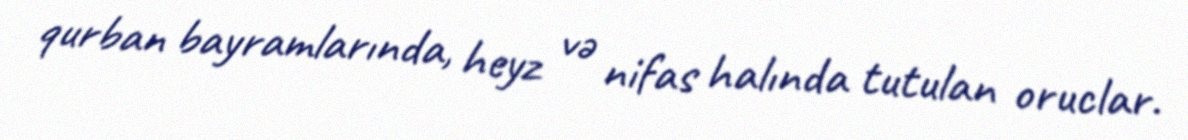
qurban bayramlarında, heyz və nifas halında tutulan oruclar.